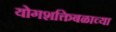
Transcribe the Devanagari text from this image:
योगशक्तिबळाच्या